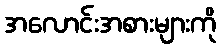
အလောင်းအစားများကို